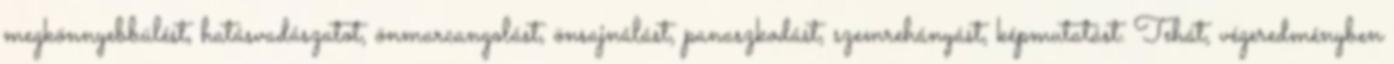
megkönnyebbülést, hatásvadászatot, önmarcangolást, önsajnálást, panaszkodást, szemrehányást, képmutatást. Tehát, végeredményben